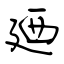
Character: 廼